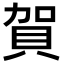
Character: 賀